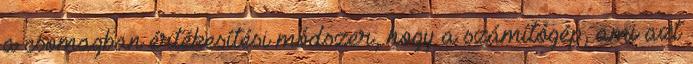
a csomagban értékesítési módszer, hogy a számítógép, ami azt